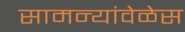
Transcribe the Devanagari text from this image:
सामन्यांवेळेस